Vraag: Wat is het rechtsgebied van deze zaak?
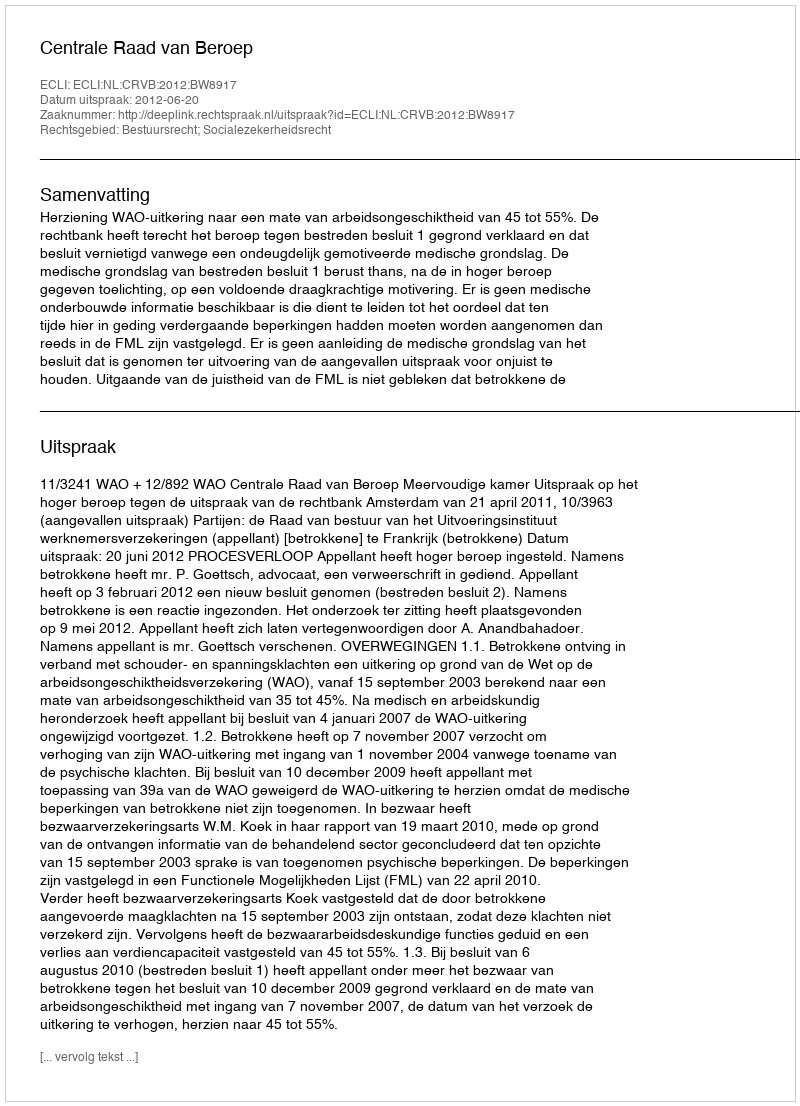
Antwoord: Bestuursrecht; Socialezekerheidsrecht